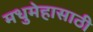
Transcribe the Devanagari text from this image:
मधुमेहासाठी